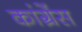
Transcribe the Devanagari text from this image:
कांग्रेंस